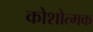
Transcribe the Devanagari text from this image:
कोशोत्मक